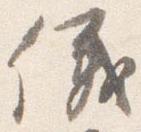
儀